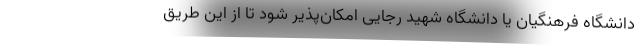
دانشگاه فرهنگیان یا دانشگاه شهید رجایی امکان‌پذیر شود تا از این طریق